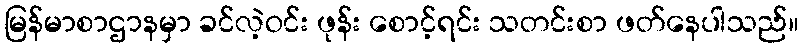
မြန်မာစာဌာနမှာ ခင်လဲ့ဝင်း ဖုန်း စောင့်ရင်း သတင်းစာ ဖတ်နေပါသည်။